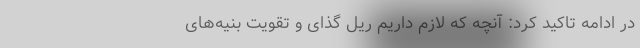
در ادامه تاکید کرد: آنچه که لازم داریم ریل گذای و تقویت بنیه‌های